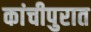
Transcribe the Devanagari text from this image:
कांचीपुरात